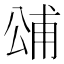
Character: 𭁓